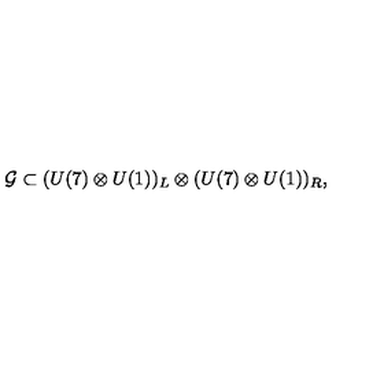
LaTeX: { \cal { G } } \subset ( U ( 7 ) \otimes U ( 1 ) ) _ { L } \otimes ( U ( 7 ) \otimes U ( 1 ) ) _ { R } ,